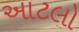
આટલો